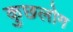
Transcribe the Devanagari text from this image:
कुछलोग